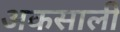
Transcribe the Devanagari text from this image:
अकसाली